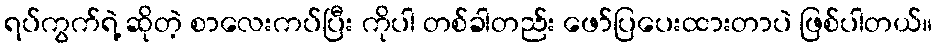
ရပ်ကွက်ရဲ့ ဆိုတဲ့ စာလေးကပ်ပြီး ကိုပါ တစ်ခါတည်း ဖော်ပြပေးထားတာပဲ ဖြစ်ပါတယ်။